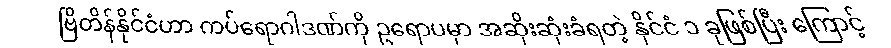
ဗြိတိန်နိုင်ငံဟာ ကပ်ရောဂါဒဏ်ကို ဥရောပမှာ အဆိုးဆုံးခံရတဲ့ နိုင်ငံ ၁ ခုဖြစ်ပြီး ကြောင့်